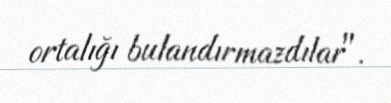
ortalığı bulandırmazdılar".